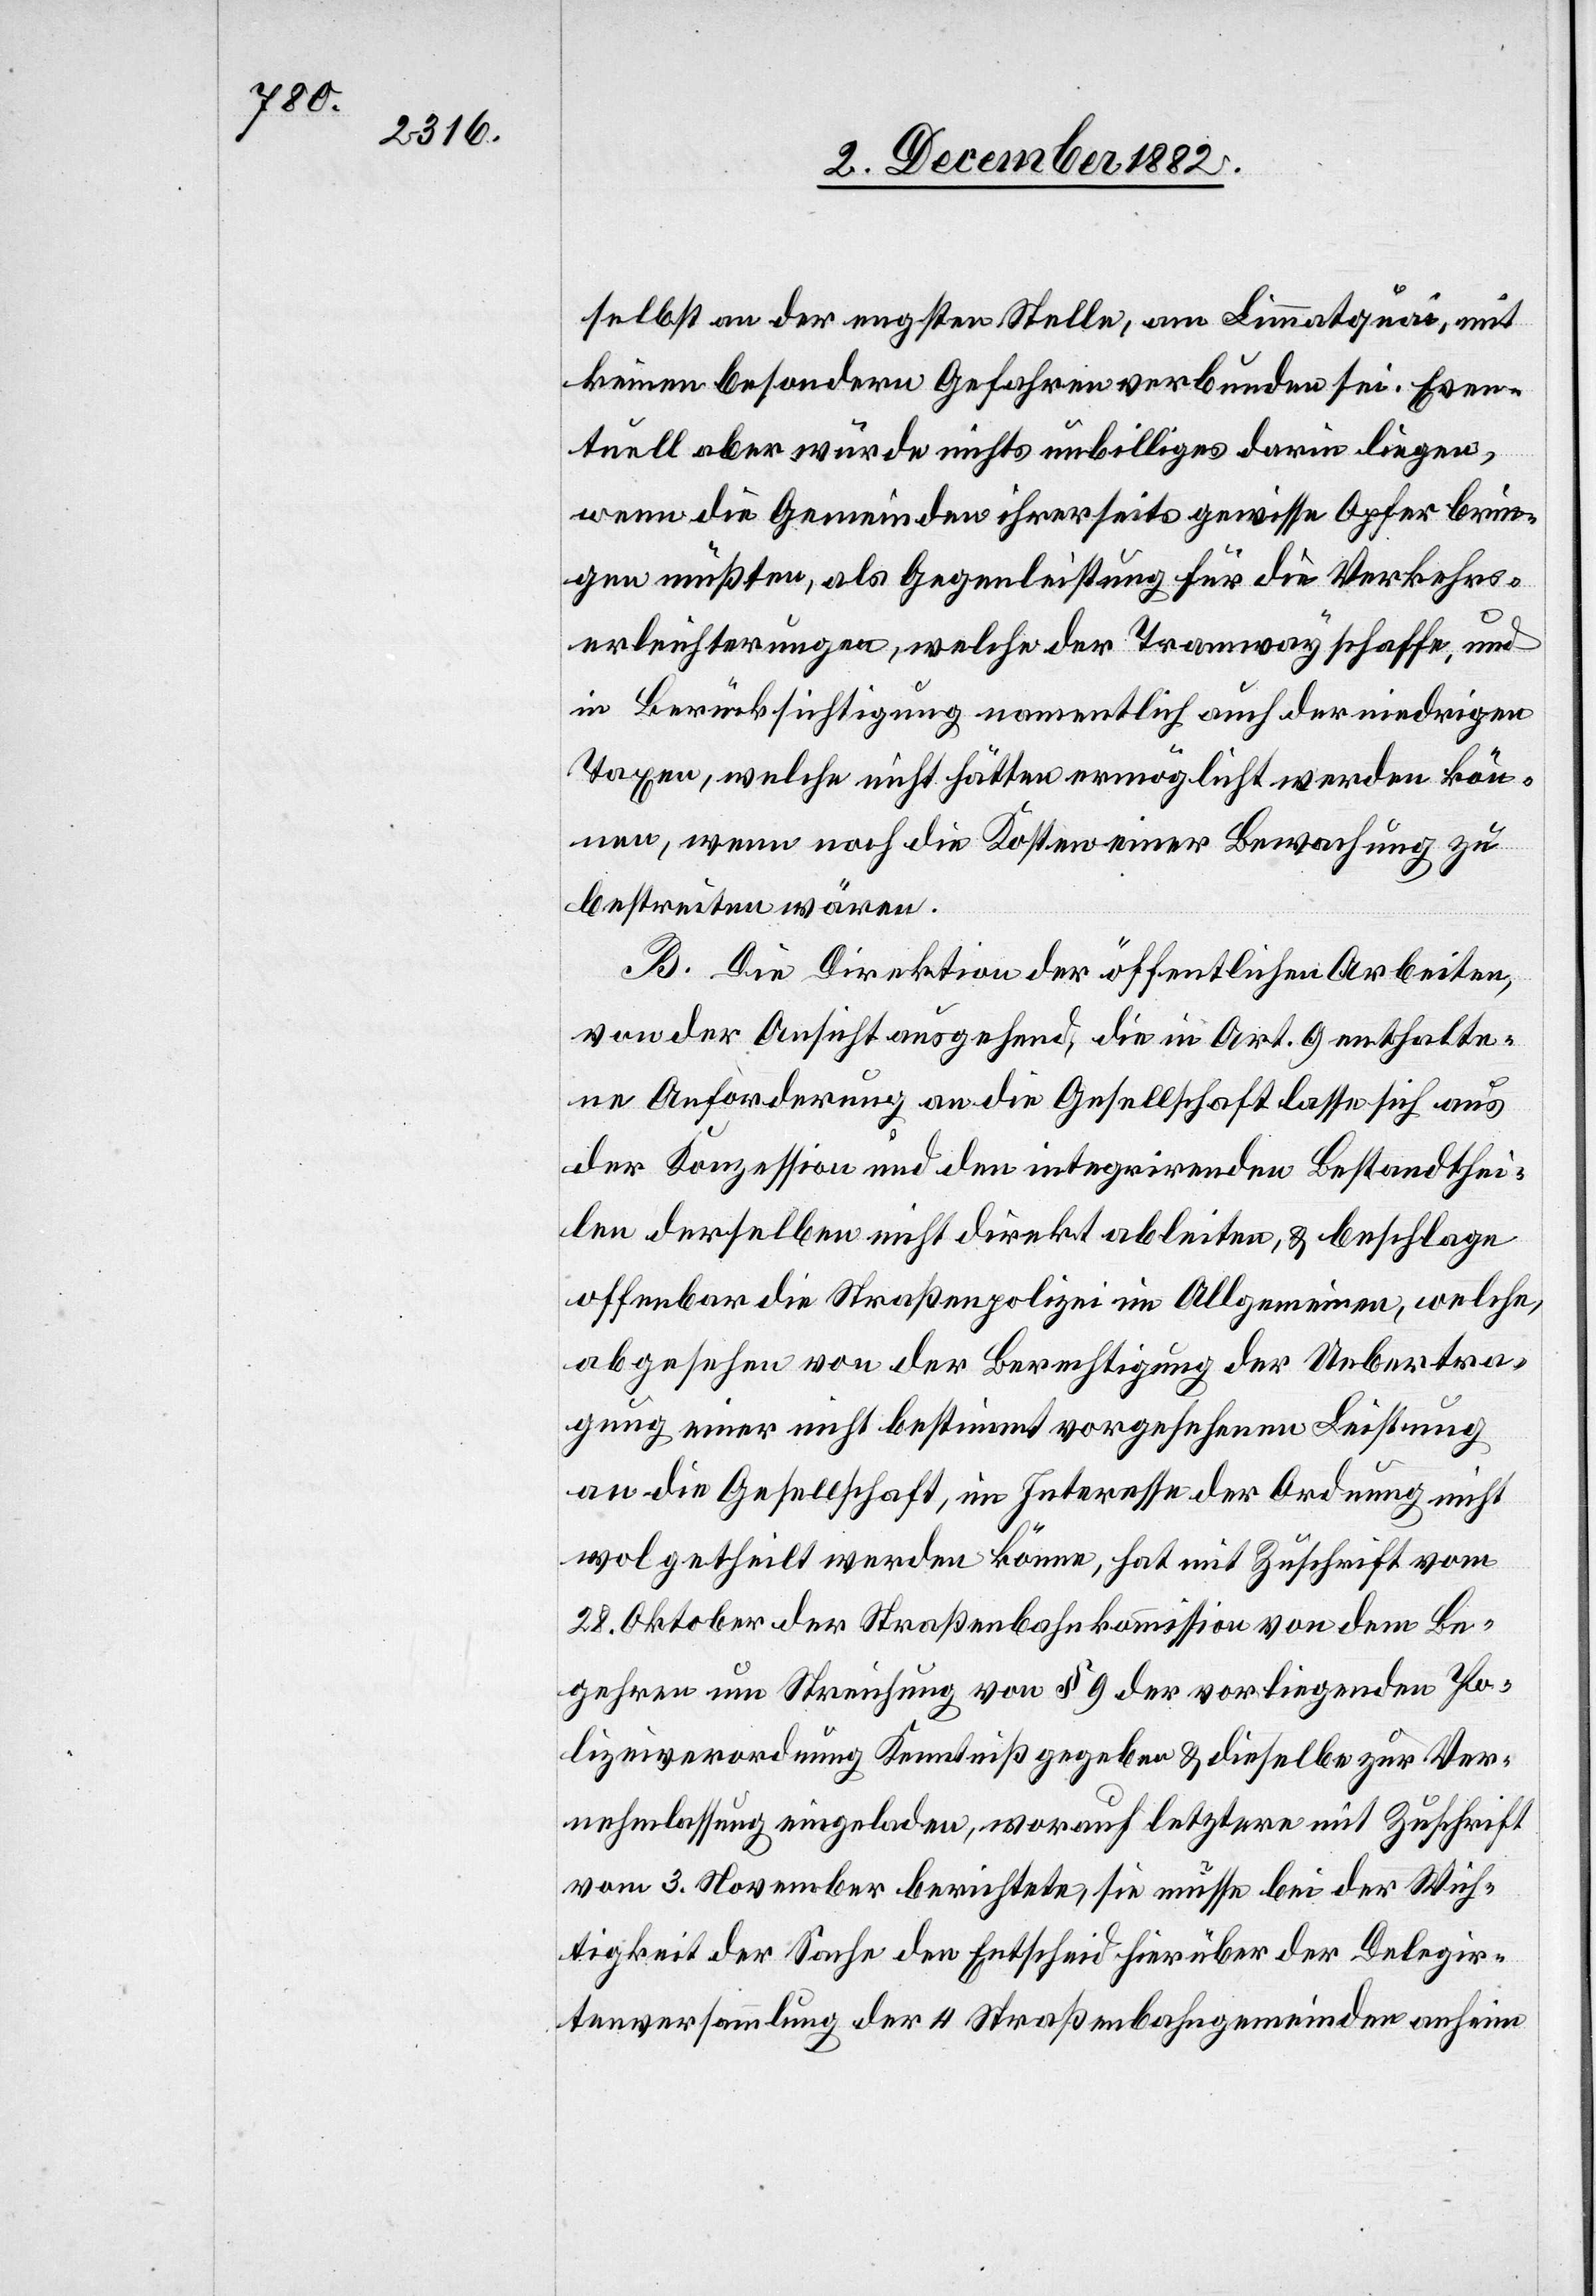
selbst an der engsten Stelle, am Limmatquai, mit
keinen besondern Gefahren verbunden sei. Even¬
tuell aber würde nichts unbilliges darin liegen,
wenn die Gemeinden ihrerseits gewisse Opfer brin¬
gen müßten, als Gegenleistung für die Verkehrs¬
erleichterungen, welche der Tramway schaffe, und
in Berücksichtigung namentlich auch der niedrigen
Taxen, welche nicht hätten ermöglicht werden kön¬
nen, wenn noch die Kosten einer Bewachung zu
bestreiten wären.
B. Die Direktion der öffentlichen Arbeiten,
von der Ansicht ausgehend, die in Art. 9 enthalte¬
ne Anforderung an die Gesellschaft lasse sich aus
der Konzession und den integrirenden Bestandthei¬
len derselben nicht direkt ableiten, & beschlage
offenbar die Straßenpolizei im Allgemeinen, welche,
abgesehen von der Berechtigung der Uebertra¬
gung einer nicht bestimmt vorgesehenen Leistung
an die Gesellschaft, im Interesse der Ordnung nicht
wol getheilt werden könne, hat mit Zuschrift vom
28. Oktober der Straßenbahnkommission von dem Be¬
gehren um Streichung von § 9 der vorliegenden Po¬
lizeiverordnung Kenntniß gegeben & dieselbe zur Ver¬
nehmlassung eingeladen, worauf letztere mit Zuschrift
vom 3. November berichtete, sie müsse bei der Wich¬
tigkeit der Sache den Entscheid hierüber der Delegir¬
tenversammlung der 4 Straßenbahngemeinden anheim